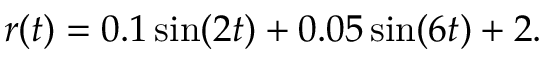
\begin{array} { r } { r ( t ) = 0 . 1 \sin ( 2 t ) + 0 . 0 5 \sin ( 6 t ) + 2 . } \end{array}